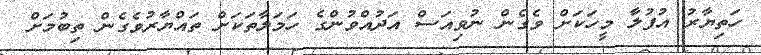
ހަތިޔާރު އުފުލާ މީހަކަށް ވެގެން ނުވިއަސް އަދުއްވުންގެ ހަމަލާތަކަށް ތައްޔާރުވެގެން ތިބުމަށް